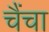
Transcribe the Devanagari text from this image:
चैंचा